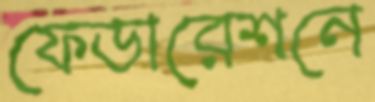
ফেডারেশনে